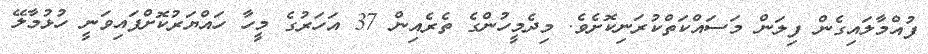
ފުއްމާލައިގެން ފިލަން މަސައްކަތްކުރަނިކޮށެވެ. މިދެމީހުންގެ ތެރެއިން 37 އަހަރުގެ މީހާ ހައްޔަރުކޮށްފައިވަނީ ހުޅުމާލޭ